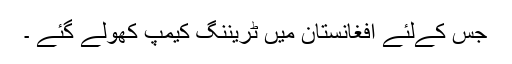
جس کےلئے افغانستان میں ٹریننگ کیمپ کھولے گئے ۔